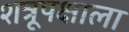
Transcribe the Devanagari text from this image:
शत्रूपक्षाला